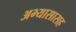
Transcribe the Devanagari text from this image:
अभ्यासासह